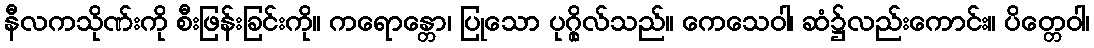
နီလကသိုဏ်းကို စီးဖြန်းခြင်းကို။ ကရောန္တော၊ ပြုသော ပုဂ္ဂိုလ်သည်။ ကေသေဝါ၊ ဆံ၌လည်းကောင်း။ ပိတ္တေဝါ၊